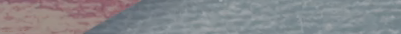
مطعم الزهر للتراث يقدم أك